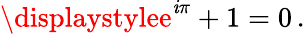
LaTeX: \displaystylee^{\mathit{i}\pi}+1=0\, .